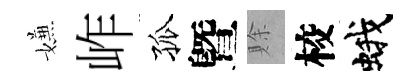
嫌岞孤曁賖校蛾